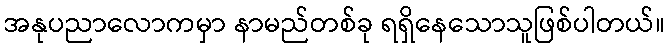
အနုပညာလောကမှာ နာမည်တစ်ခု ရရှိနေသောသူဖြစ်ပါတယ်။